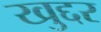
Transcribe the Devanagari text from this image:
खुद्दर